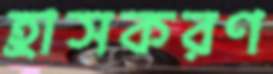
হ্রাসকরণ